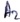
Text: A2